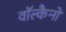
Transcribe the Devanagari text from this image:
वॉल्कैनो